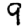
Digit: 9